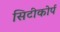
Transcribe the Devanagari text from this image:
सिटीकोर्प